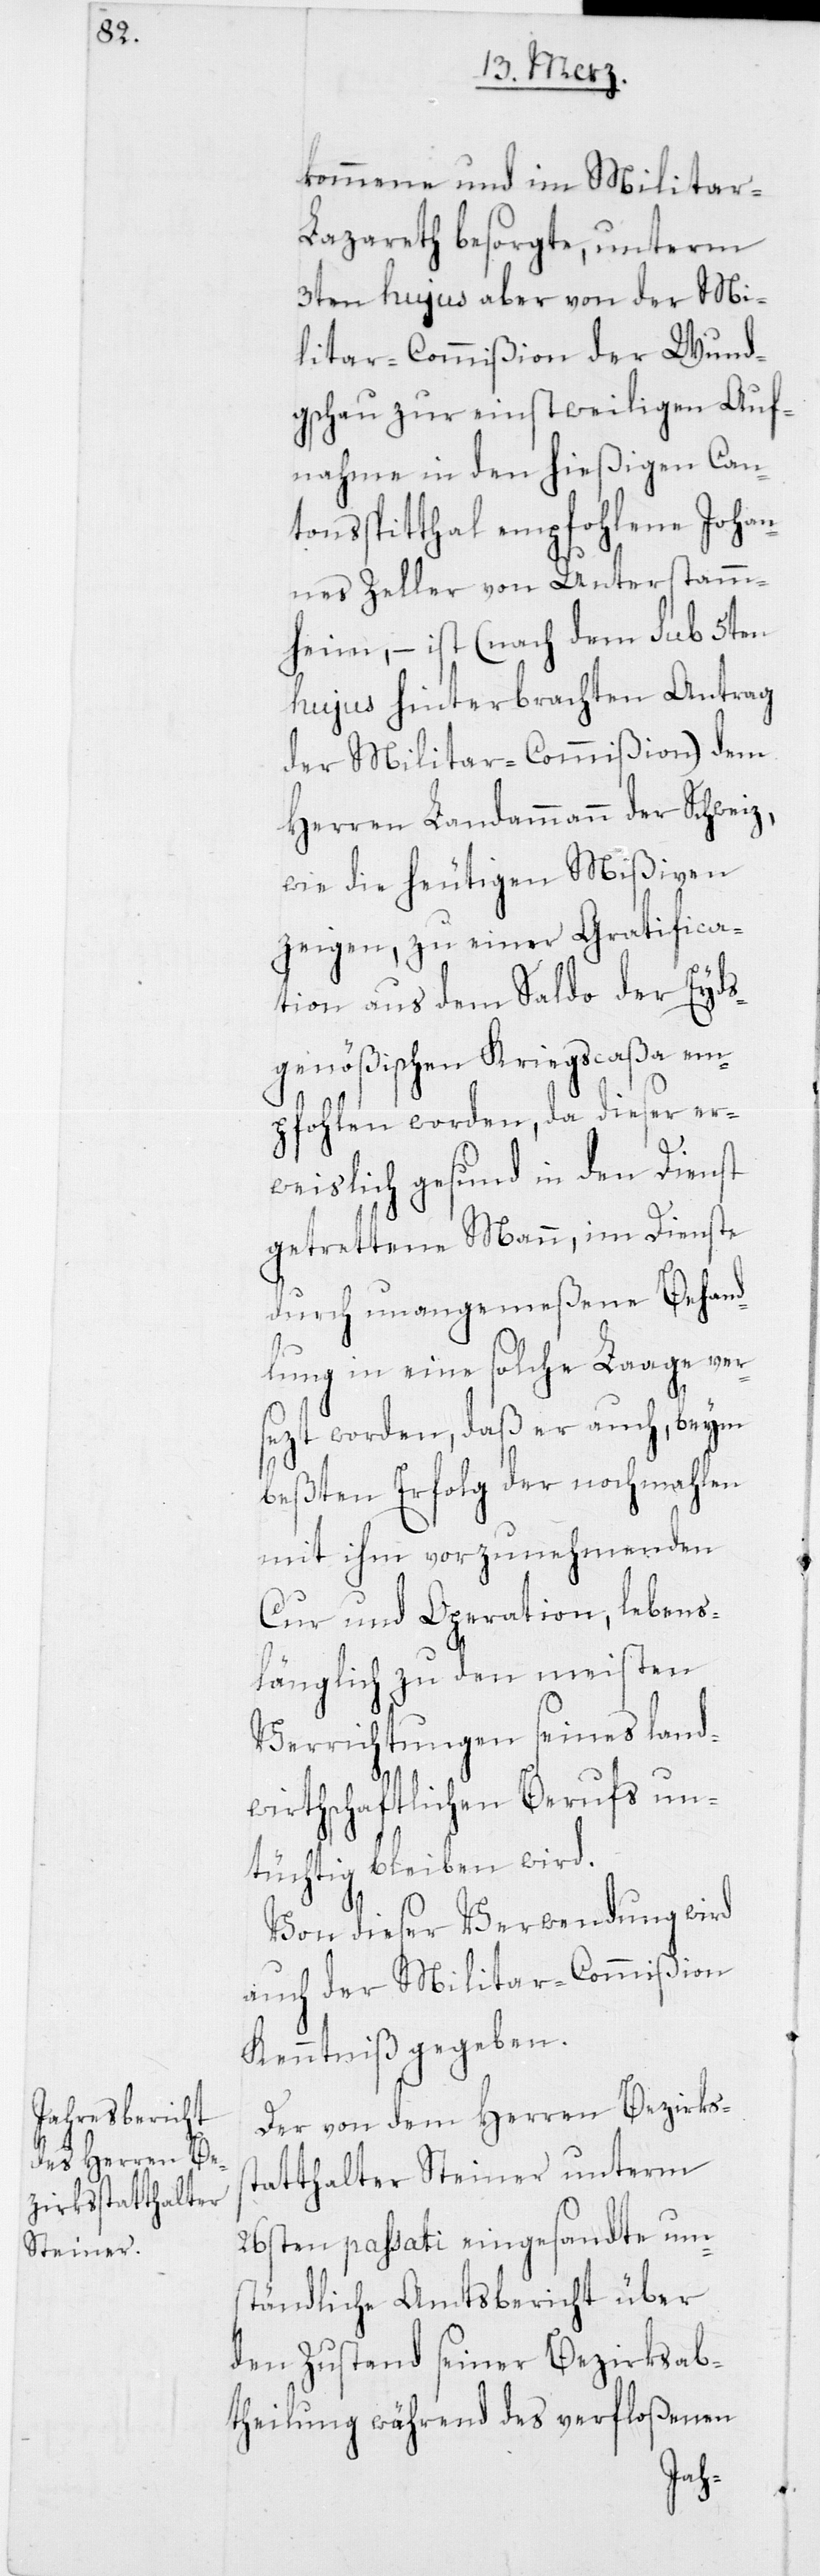
kommene und im Militar-L¬
azareth besorgte, unterm
3ten hujus aber von der Mi¬
litar-Commißion der Wund¬
gschau zur einstweiligen Auf¬
nahme in den hießigen Can¬
tonsspitthal empfohlene Johan¬
nes Zeller von Unterstamm¬
heim, – ist (nach dem sub 5ten
hujus hinterbrachten Antrag
der Militar-Commißion) dem
Herren Landammann der Schweiz,
wie die heutigen Mißiven
zeigen, zu einer Gratifica¬
tion aus dem Saldo der Eyds¬
genößischen Kriegscaßa em¬
pfohlen worden, da dieser er¬
weislich gesund in den Dienst
getrettene Mann, im Dienste
durch unangemeßene Behand¬
lung in eine solche Laage ver¬
sezt worden, daß er auch, beym
beßten Erfolg der nochmahlen
mit ihm vorzunehmenden
Cur und Operation, lebens¬
länglich zu den meisten
Verrichtungen seines land¬
wirtschaftlichen Berufs un¬
tüchtig bleiben wird.
Von dieser Verwendung wird
auch der Militar-Commißion
Kenntniß gegeben.
Der von dem Herren Bezirks¬
atthalter Steiner unterm
26sten passati eingesandte um¬
ständliche Amtsbericht über
den Zustand seiner Bezirksab¬
theilung während des verfloßenen
st¬